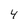
Character: 4